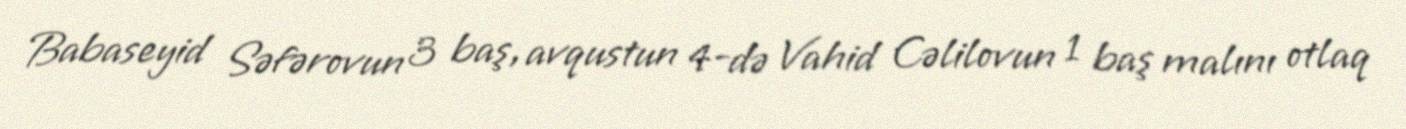
Babaseyid Səfərovun 3 baş, avqustun 4-də Vahid Cəlilovun 1 baş malını otlaq